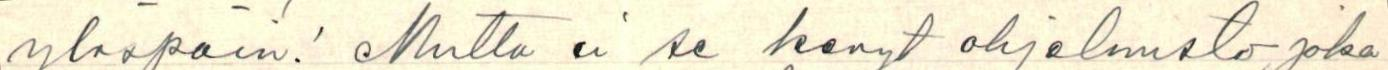
ylöspäin! Mutta ei se kevyt ohjelmisto, joka